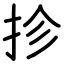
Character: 抮